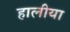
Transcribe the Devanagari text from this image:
हालीया